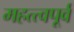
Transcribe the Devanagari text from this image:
महत्त्वपूर्व